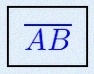
\overline{AB}